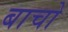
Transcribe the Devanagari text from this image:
बाचो